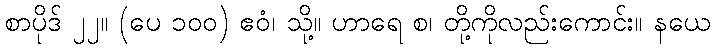
စာပိုဒ် ၂၂။ (ပေ ၁၀၀) ဧဝံ၊ သို့။ ဟာရေ စ၊ တို့ကိုလည်းကောင်း။ နယေ